Rapla_vallavalitsus, lk 15
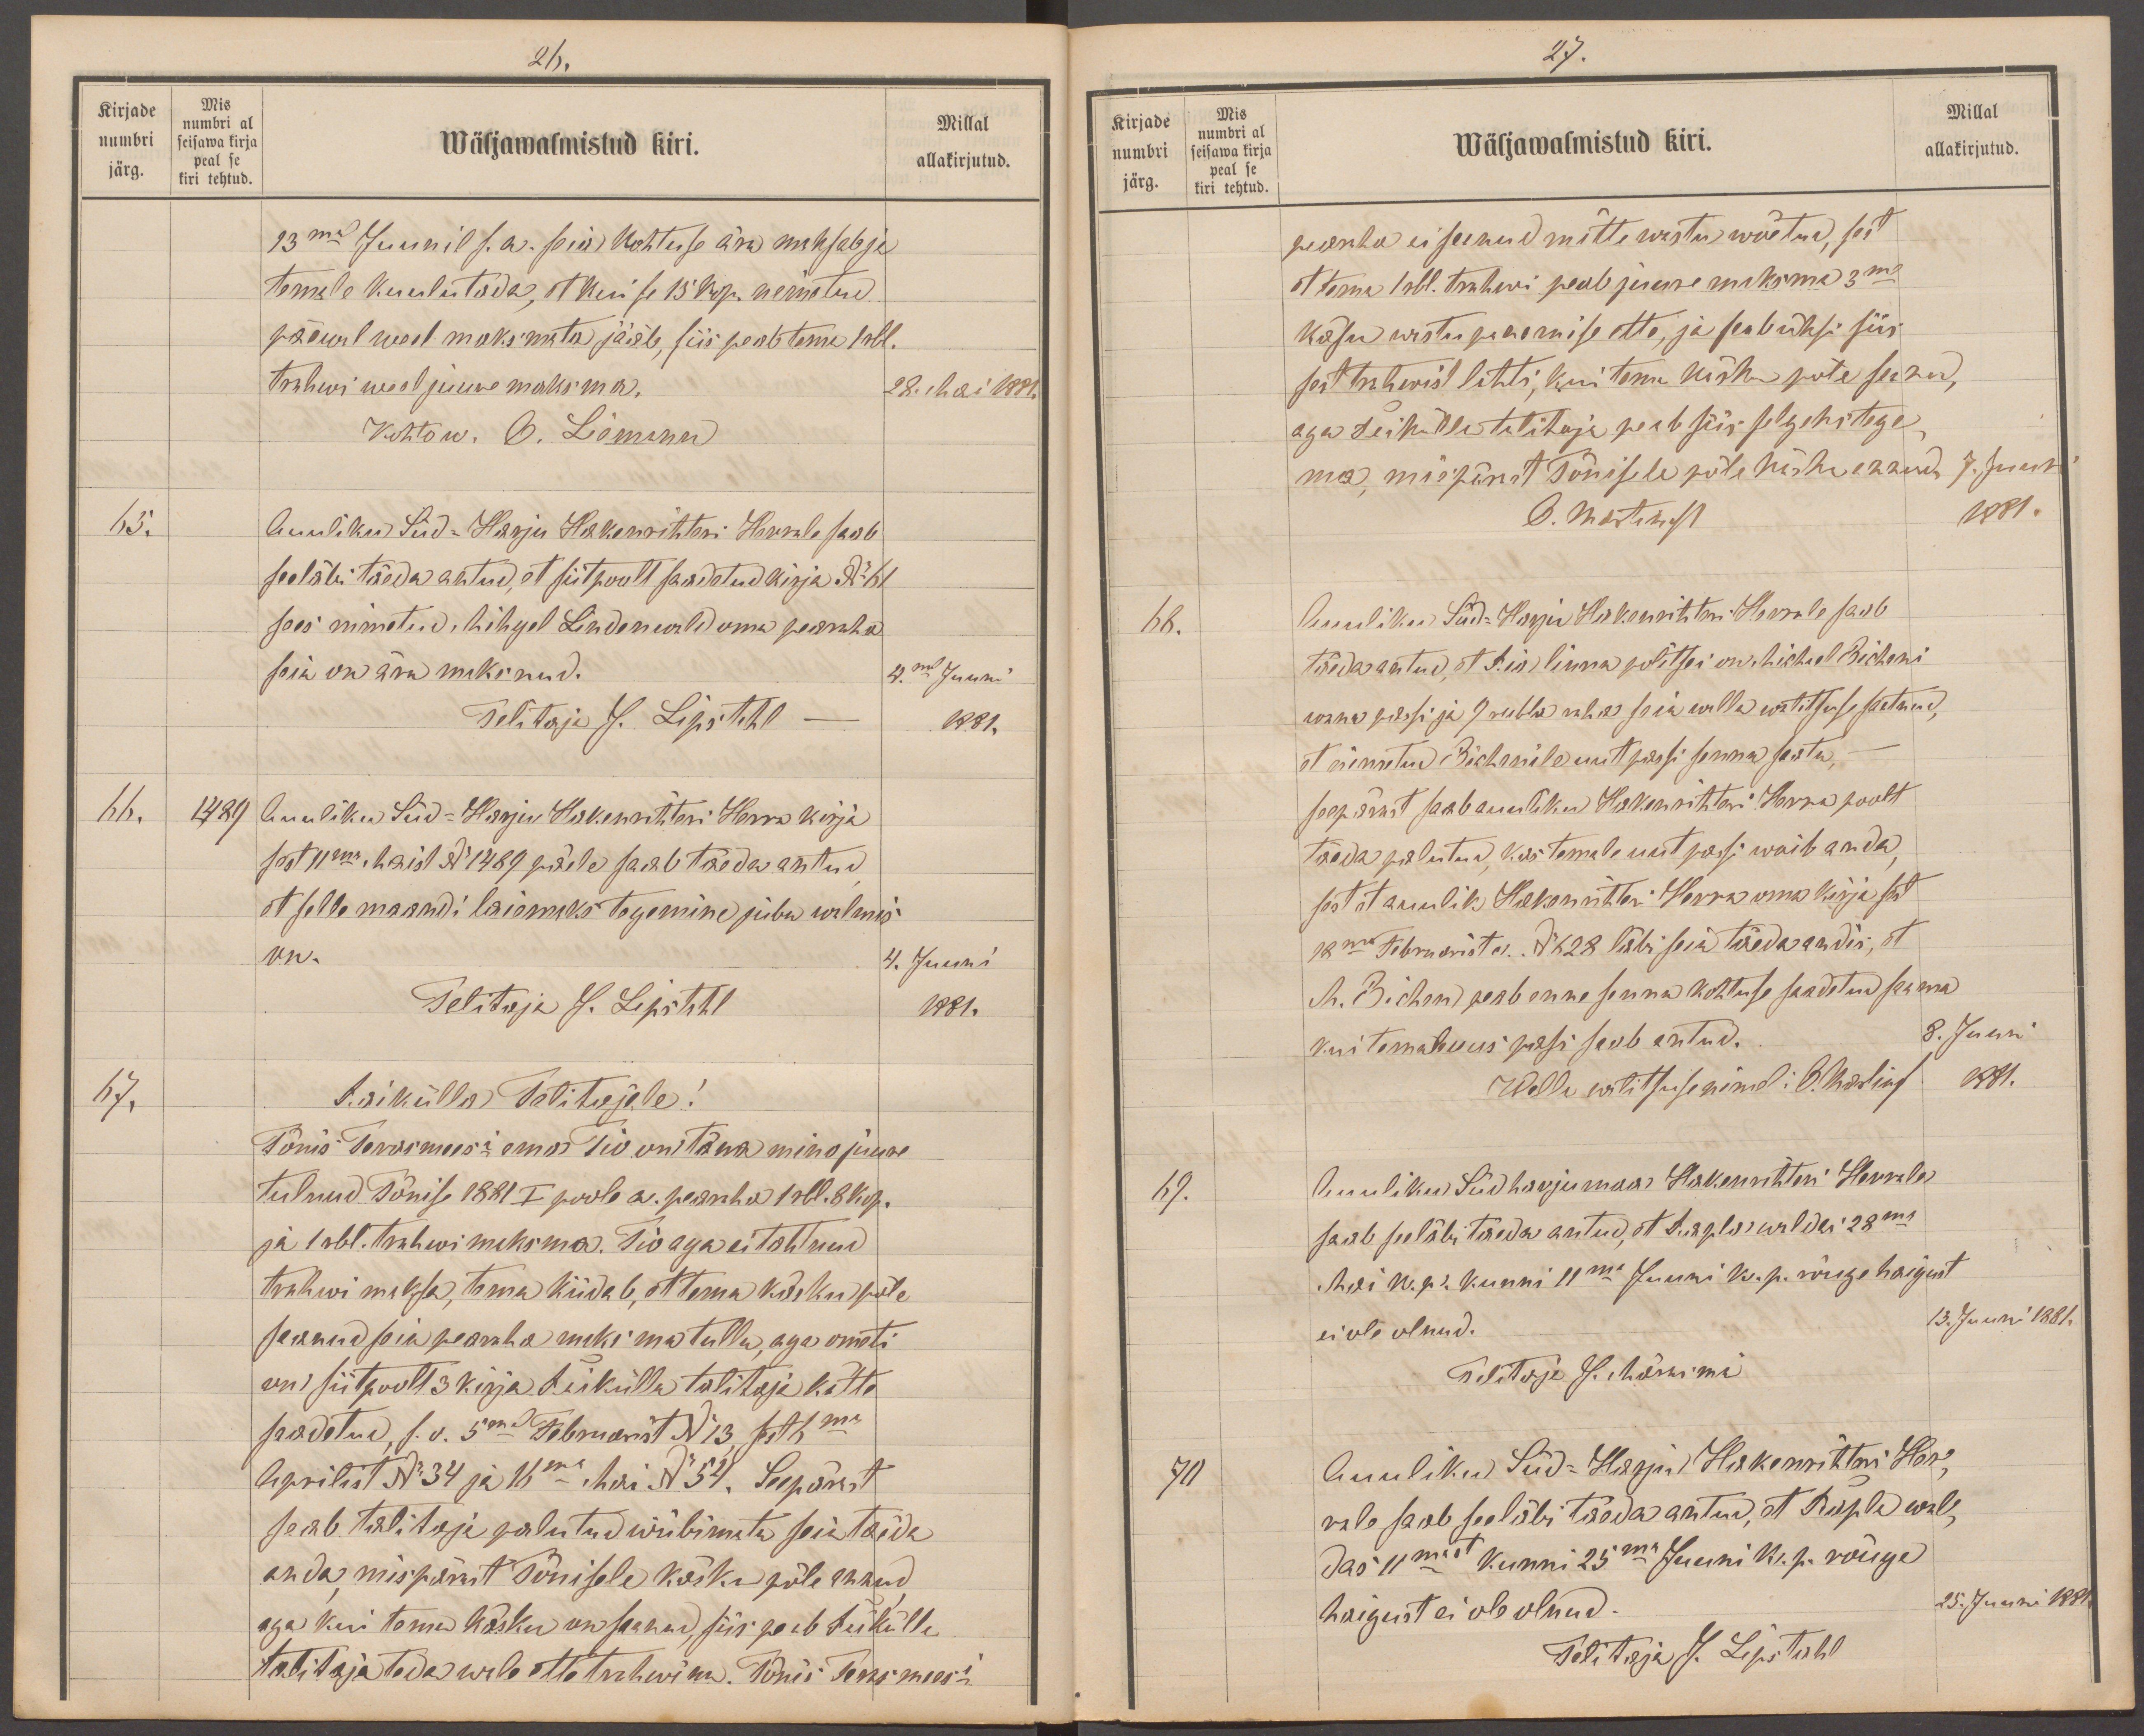
26.
Kirjade
Mis
numbri al
numbri
Millal
seisawa kirja
Wäljawalmistud kiri.
peal se
järg.
kiri tehtud.
allakirjutud.
13mal Juunil s.a. siin kohtuse ära maksab ja
temale kuulutada, et kui se 15 kop. nimetud.
päewal weel maksmata jääb, siis peab tema 1 rbl.
trahwi weel juure maksma.
28. Mai 1881.
Kohtow. O. Liemann
65.
Auuliku Süd-Harju Hakenrihteri Herrale saab
seeläbi täeda antud, et siitpoolt saadetud kirja No 61
sees nimetud, Mihgel Lindwald oma pearaha
seia on ära maksnud.
4.mal Juuni
Talitaja J. Lipstahl
1881.
66
2489
Auuliku Süd-Harju Hakenrihteri Herra kirja
sest 11ma. Maist No 1489 päele saab täeda antud
et selle maandi laisemaks tegemine juba walmis
on.
4. Juuni
Talitaja J. Lipstahl
1881.
67.
Raikülla Talitajale!
Tõnis Terremees'i ema Tio on täna mino juure
tulnud Tõnise 1881 I poole a. pearaha 1 nbl. 8 kop.
ja 1 rbl. trahwi maksma. Tio aga ei tahtnud
trahwi maksa, tema kiidab, et tema käsku pole
saanud seia pearaha maksma tulla, aga ometi
on siitpoolt 3 kirja Raikülla talitaja kätte
saadetud s. v. 5 ma Februarist No 13,  S. t. 6ma
Aprilist No 34 ja 16ma Mai No 54. Seepärast
seab talitaja palutud wiibimata seia täeda
anda mis pärast Tõnisele käsku põle annud
aga kui tema käsku on saanud, siis peab Raikülla
talitaja teda wale ette trahwima. Tõnis Terasmees-

27.
Kirjade
Mis
Millal
numbri al
numbri
Wäljawalmistud kiri.
allakirjutud.
seisawa kirja
järg.
peal se
kiri tehtud
pearaha ei saanud mitte wastu wõetud, sest
et tema 1 rbl. trahwi peab juurde maksma 3me
käsu wastu panemise ette, ja saab üksi siis
sest trahwist lahti, kui tema käsku pole saanud,
aga teiskülla talitaja peab siis selgeks tege
ma, mispärast Tõnisele põle käsku saand,
7. juuni
O. Martinoff
1881.
68.
Auuliku Süd-Harju Hakenrihteri Herrale saab
täeda antud, et kui linna politsei on. Michkel Bicheni
wana passi ja 9 rubla rubla seia walla walitsuse saatnud,
et nimetud Bichnile uut passi senna saata,
seepärast saab auulik Hakenrihteri Herra poolt
täeda palutud, kas temale uut passi woib anda,
sest et auulik Hakenrihteri Herra oma kirja sest
18ma Februarist on No 628 läbi seia täeda andis, et
M. Bichen peab enne senna Kohtuse saadetud saama
kui temale uus passi saab antud.
8. Juuni
Walla wõtsuse nõnud: O. Martinoff
1881.
69.
Auuliku Süd-Harju Hakenrihteri Herrale
saab seeläbi täeda antud, et Rapla waldas 28ma
Mai k.p. kunni 11ma Juuni k. p. rõuge haigust
ei ole olnud.
13. Juuni 1881.
Talitaja J. Märkimi
70
Auuliku Süd-Harju Hakenrihteri Her-
rale saab seeläbi täeda antud, et Rapla wal
das 11mast kunni 25ma Juuni k. p. rõuge
haigust ei ole olnud.
25. Juuni 1881.
Talitaja J. Lipstahl